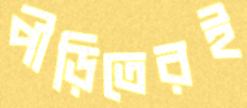
পীড়িতেরই